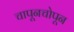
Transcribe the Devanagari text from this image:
चापूनचोपून